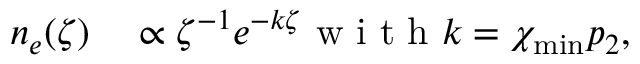
\begin{array} { r l } { n _ { e } ( \zeta ) } & { { } \propto \zeta ^ { - 1 } e ^ { - k \zeta } \mathrm { ~ w ~ i ~ t ~ h ~ } k = \chi _ { \mathrm { m i n } } p _ { \O { 2 } { } } , } \end{array}